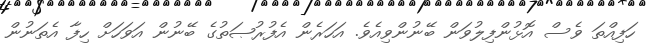
ހަފިއްތަ ވެސް އޮޅުންފިލުވަން ބޭނުންވިއެވެ. އަހަރެން އެފުރުޞަތުގެ ބޭނުން އަވަހަށް ހިފާ އެތަނުން